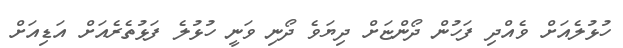
ހުޅުލެއަށް ވެއްދި ފަހުން ދޯންޏަށް ދިޔަވެ ދޯނި ވަނީ ހުޅުލެ ފަޅުތެރެއަށް އަޑިއަށް